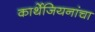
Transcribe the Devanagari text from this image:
कार्थेजियनांचा